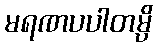
မရဏပပါတမ္ပိ